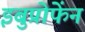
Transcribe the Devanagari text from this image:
इबुप्रोफेंन